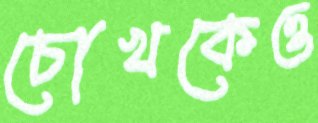
চোখকেও